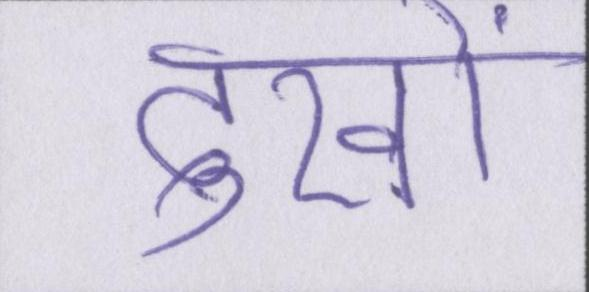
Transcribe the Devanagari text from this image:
दुखों